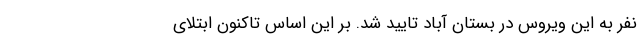
نفر به این ویروس در بستان آباد تایید شد. بر این اساس تاکنون ابتلای